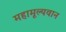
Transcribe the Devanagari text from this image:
महामूल्यवान